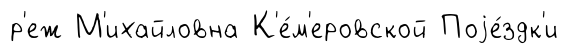
р'еж М'ихайловна К'е́м'еровской Поjе́здк'и